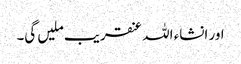
اور انشاء اللہ عنقریب ملیں گی۔